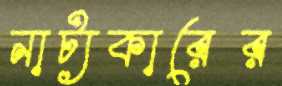
নাট্যকারের